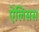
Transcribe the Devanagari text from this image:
ऐलिसस